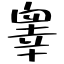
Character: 睾